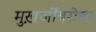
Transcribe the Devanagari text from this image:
मुख़र्जींबरोबर